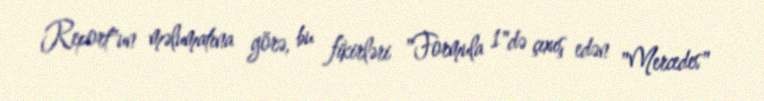
Report"un məlumatına görə, bu fikirləri "Formula 1"də çıxış edən "Mercedes"